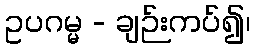
ဥပဂမ္မ - ချဉ်းကပ်၍၊